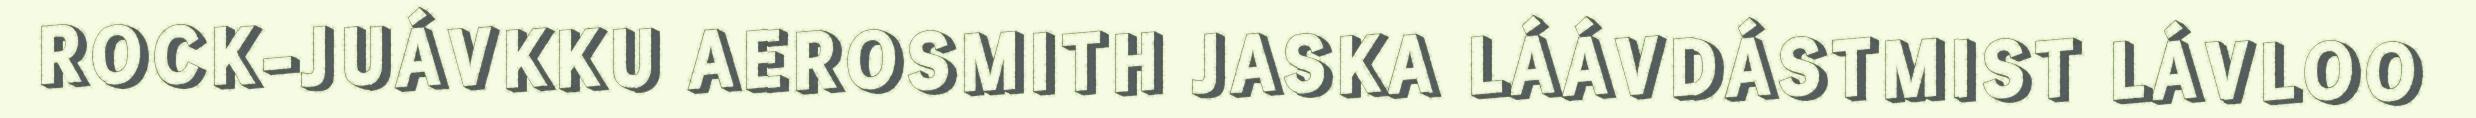
ROCK-JUÁVKKU AEROSMITH JASKA LÁÁVDÁSTMIST LÁVLOO